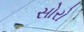
સોરો